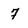
Character: 7